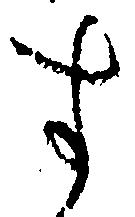
す